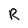
Character: R